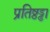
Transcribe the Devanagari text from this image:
प्रतिष्ठड्ढा